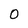
Character: 0